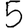
Digit: 5